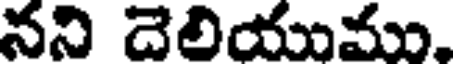
నని దెలియుము,